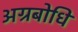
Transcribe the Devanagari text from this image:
अग्रबोधि